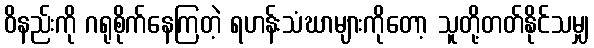
ဝိနည်းကို ဂရုစိုက်နေကြတဲ့ ရဟန်းသံဃာများကိုတော့ သူတို့တတ်နိုင်သမျှ